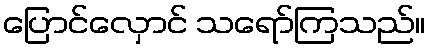
ပြောင်လှောင် သရော်ကြသည်။